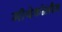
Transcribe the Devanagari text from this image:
मीथेकोलीन